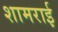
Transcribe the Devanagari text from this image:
शामराई